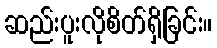
ဆည်းပူးလိုစိတ်ရှိခြင်း။